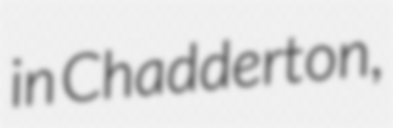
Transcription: in Chadderton,